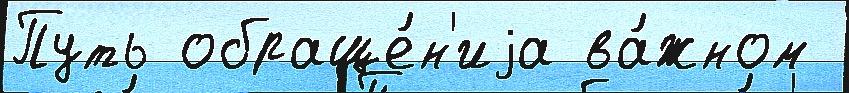
Путь обраще́н'иjа ва́жном